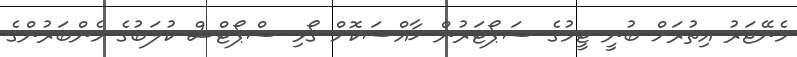
މެނޭޖަރު އިތުރަށް ބުނީ ޓީމުގެ ސަޕޯޓަރުން ޚާއްސަކޮށް ގޯޅި ސްޕޯޓްސް ކުލަބުގެ މެންބަރުންގެ